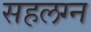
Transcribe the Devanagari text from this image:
सहलग्न